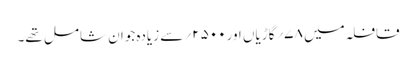
قافلہ میں ۷۸؍گاڑیاں اور۵۰۰ ۲؍سے زیادہ جوان شامل تھے۔